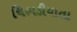
ચિભડીયાતા